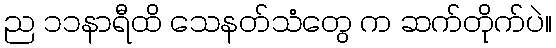
ည ၁၁နာရီထိ သေနတ်သံတွေ က ဆက်တိုက်ပဲ။